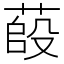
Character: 𦷊